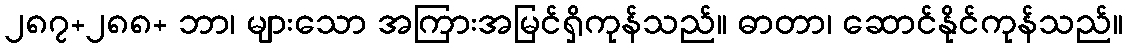
၂၈၇+၂၈၈+ ဘာ၊ များသော အကြားအမြင်ရှိကုန်သည်။ ဓာတာ၊ ဆောင်နိုင်ကုန်သည်။